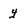
Character: y